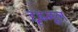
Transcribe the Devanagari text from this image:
द्दृढमूल